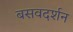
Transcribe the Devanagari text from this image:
बसवदर्शन